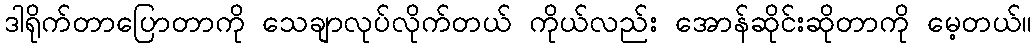
ဒါရိုက်တာပြောတာကို သေချာလုပ်လိုက်တယ် ကိုယ်လည်း အောန်ဆိုင်းဆိုတာကို မေ့တယ်။